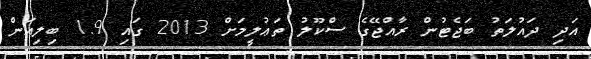
އަދި ދައުލަތު ބަޖެޓުން ރާއްޖޭގެ ސްކޫލު ތަޢުލީމަށް 2013 ގައި 1.9 ބިލިއަން